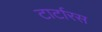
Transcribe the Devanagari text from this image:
टार्टारस